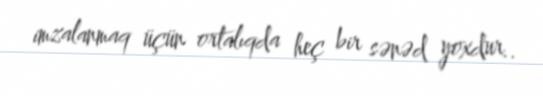
imzalanmaq üçün ortalıqda heç bir sənəd yoxdur..